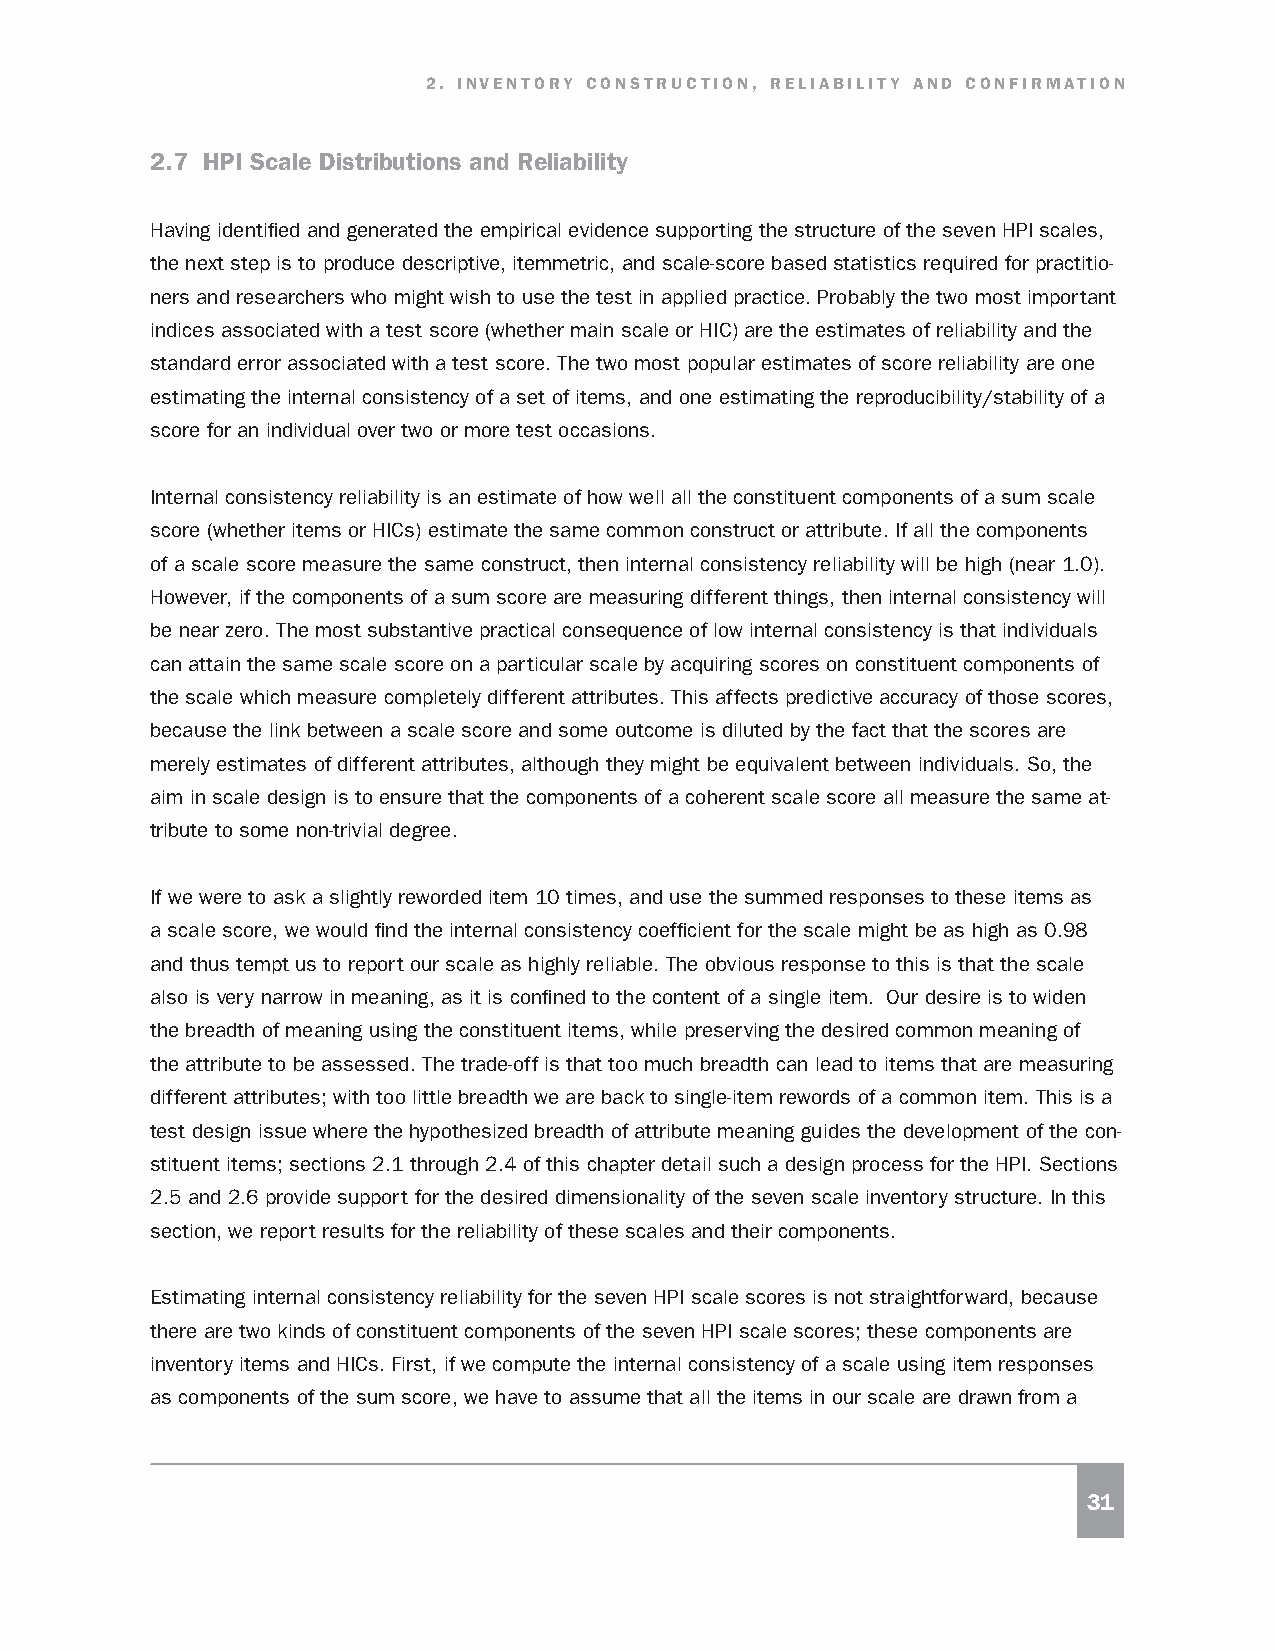
2. INVENTORY CONSTRUCTION, RELIABILITY AND CONFIRMATION
 2.7 HPI Scale Distributions and Reliability
 Having identified and generated the empirical evidence supporting the structure of the seven HPI scales,
 the next step is to produce descriptive, itemmetric, and scale-score based statistics required for practitio-
 ners and researchers who might wish to use the test in applied practice. Probably the two most important
 indices associated with a test score (whether main scale or HIC) are the estimates of reliability and the
 standard error associated with a test score. The two most popular estimates of score reliability are one
 estimating the internal consistency of a set of items, and one estimating the reproducibility/stability of a
 score for an individual over two or more test occasions.
 Internal consistency reliability is an estimate of how well all the constituent components of a sum scale
 score (whether items or HICs) estimate the same common construct or attribute. If all the components
 of a scale score measure the same construct, then internal consistency reliability will be high (near 1.0).
 However, if the components of a sum score are measuring different things, then internal consistency will
 be near zero. The most substantive practical consequence of low internal consistency is that individuals
 can attain the same scale score on a particular scale by acquiring scores on constituent components of
 the scale which measure completely different attributes. This affects predictive accuracy of those scores,
 because the link between a scale score and some outcome is diluted by the fact that the scores are
 merely estimates of different attributes, although they might be equivalent between individuals. So, the
 aim in scale design is to ensure that the components of a coherent scale score all measure the same at-
 tribute to some non-trivial degree.
 If we were to ask a slightly reworded item 10 times, and use the summed responses to these items as
 a scale score, we would find the internal consistency coefficient for the scale might be as high as 0.98
 and thus tempt us to report our scale as highly reliable. The obvious response to this is that the scale
 also is very narrow in meaning, as it is confined to the content of a single item. Our desire is to widen
 the breadth of meaning using the constituent items, while preserving the desired common meaning of
 the attribute to be assessed. The trade-off is that too much breadth can lead to items that are measuring
 different attributes; with too little breadth we are back to single-item rewords of a common item. This is a
 test design issue where the hypothesized breadth of attribute meaning guides the development of the con-
 stituent items; sections 2.1 through 2.4 of this chapter detail such a design process for the HPI. Sections
 2.5 and 2.6 provide support for the desired dimensionality of the seven scale inventory structure. In this
 section, we report results for the reliability of these scales and their components.
 Estimating internal consistency reliability for the seven HPI scale scores is not straightforward, because
 there are two kinds of constituent components of the seven HPI scale scores; these components are
 inventory items and HICs. First, if we compute the internal consistency of a scale using item responses
 as components of the sum score, we have to assume that all the items in our scale are drawn from a
 31